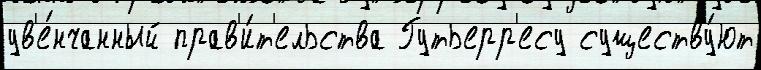
ув'е́нчанный прав'и́т'ельства Гутьерр'есу существу́ют